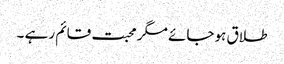
طلاق ہوجائے مگر محبت قائم رہے ۔